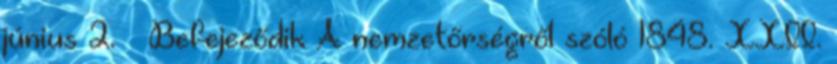
június 2. – Befejeződik A nemzetőrségről szóló 1848. XXII.